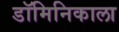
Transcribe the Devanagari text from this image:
डॉमिनिकाला